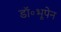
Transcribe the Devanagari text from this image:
डॉ॰भूपेन